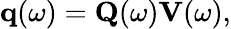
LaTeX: \mathbf{q}(\omega)=\mathbf{Q}(\omega)\mathbf{V}(\omega),